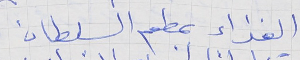
الغذاء بمطعم السلطان